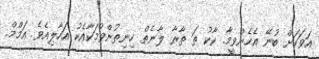
އަވަހަށް ބުނޭ އެހެންވީމާ. ކާކު ތަ ތާރާ ލާނެތް ހިނިތުންވުމަކާއެކު އަހާލިއެވެ. އަމްމް..